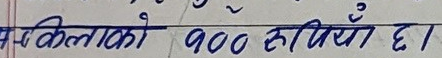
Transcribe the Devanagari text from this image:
केलाको ९०० रुपियाँ छ।